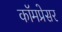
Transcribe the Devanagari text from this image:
कॉमप्रेसर